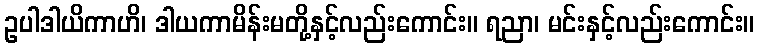
ဥပါဒါယိကာဟိ၊ ဒါယကာမိန်းမတို့နှင့်လည်းကောင်း။ ရညာ၊ မင်းနှင့်လည်းကောင်း။